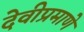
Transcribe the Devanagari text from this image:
देवीप्रमाणे